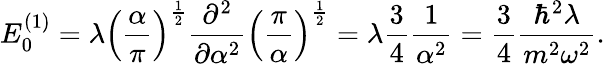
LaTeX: E_{0}^{(1)}=\lambda\left({\frac{\alpha}{\pi}}\right)^{\frac{1}{2}}{\frac{\partial^{2}}{\partial\alpha^{2}}}\left({\frac{\pi}{\alpha}}\right)^{\frac{1}{2}}=\lambda{\frac{3}{4}}{\frac{1}{\alpha^{2}}}={\frac{3}{4}}{\frac{\hbar^{2}\lambda}{m^{2}\omega^{2}}}.